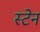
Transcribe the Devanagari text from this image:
स्‍टेन